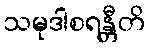
သမုဒါစရန္တီတိ